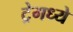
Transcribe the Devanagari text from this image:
ट्रेमध्ये